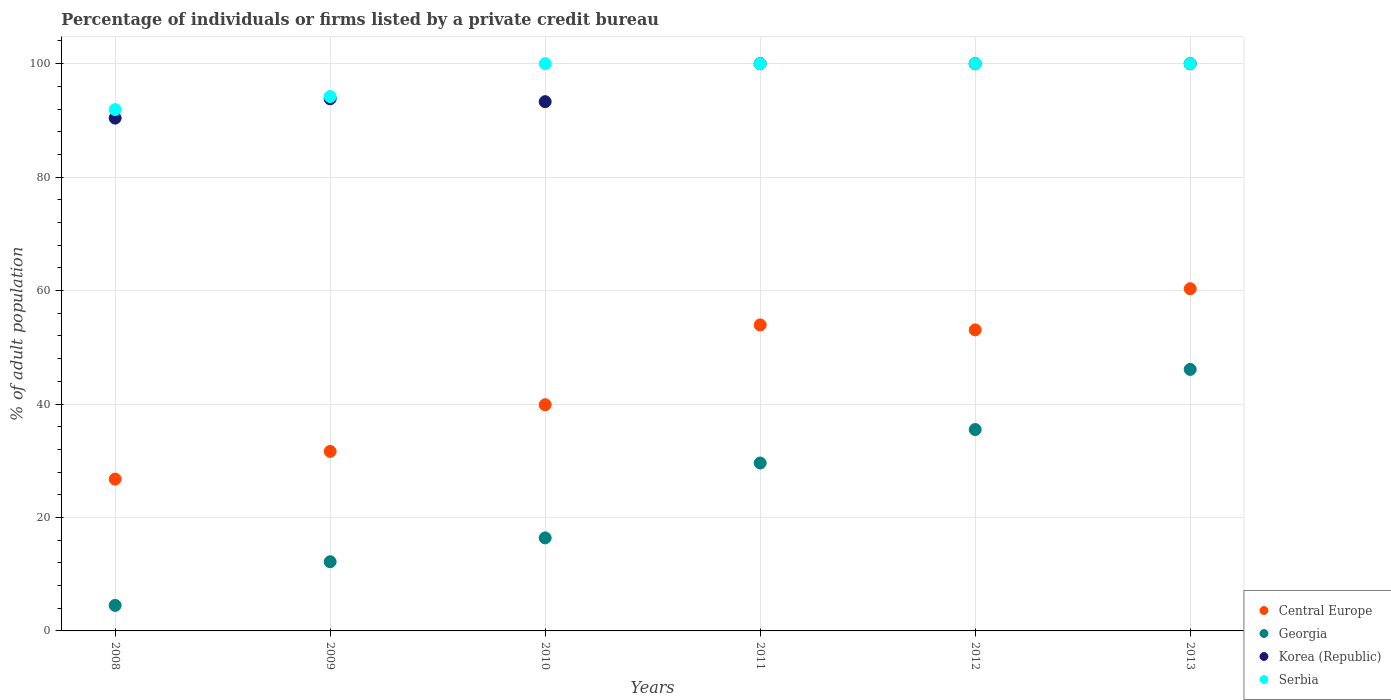
| Years | Central Europe | Georgia | Korea (Republic) | Serbia |
 | --- | --- | --- | --- | --- |
 | 2008 | 26.8 | 4.5 | 90.4 | 91.9 |
 | 2009 | 31.6 | 12.2 | 93.8 | 94.2 |
 | 2010 | 39.9 | 16.4 | 93.3 | 100 |
 | 2011 | 53.9 | 29.6 | 100 | 100 |
 | 2012 | 53.1 | 35.5 | 100 | 100 |
 | 2013 | 60.3 | 46.1 | 100 | 100 |